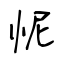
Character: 怩